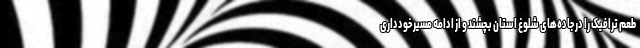
طعم ترافیک را در جاده‌های شلوغ استان بچشند و از ادامه مسیر خودداری